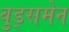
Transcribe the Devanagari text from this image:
वुड्समेन